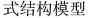
式结构模型